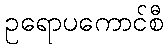
ဥရောပကောင်စီ